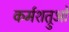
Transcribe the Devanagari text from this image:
कर्मशत्रुओं